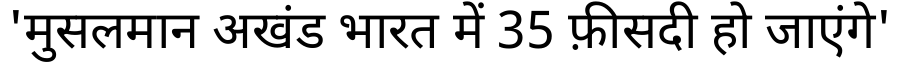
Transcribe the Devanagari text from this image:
'मुसलमान अखंड भारत में 35 फ़ीसदी हो जाएंगे'